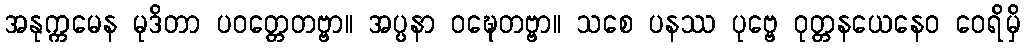
အနုက္ကမေန မုဒိတာ ပဝတ္တေတဗ္ဗာ။ အပ္ပနာ ဝဍ္ဎေတဗ္ဗာ။ သစေ ပနဿ ပုဗ္ဗေ ဝုတ္တနယေနေဝ ဝေရိမှိ